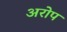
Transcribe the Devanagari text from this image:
अरोप